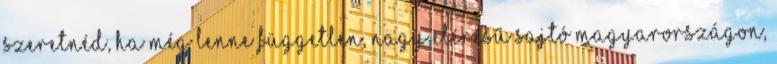
szeretnéd, ha még lenne független, nagy elérésű sajtó Magyarországon,